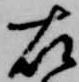
右